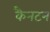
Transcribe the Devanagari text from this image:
कैनटन